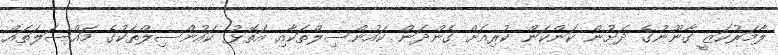
ލާމަރުކަޒީ ގާނޫނުގެ ދަށުން ކަންކަން ކުރިއަށް ގެންދަން ކައުންސިލްތަކާއި އަތޮޅު ކައުންސިލްތަކުގެ މައްސަލަތައް